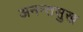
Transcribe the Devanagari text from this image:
अनन्तसुख